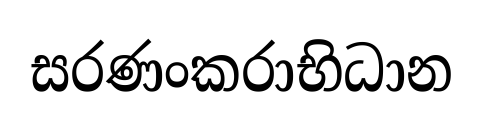
සරණංකරාභිධාන